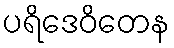
ပရိဒေဝိတေန